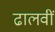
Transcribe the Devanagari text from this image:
ढालवीं